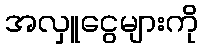
အလှူငွေများကို